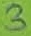
Text: 3